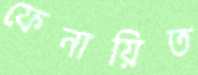
ফেনায়িত